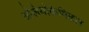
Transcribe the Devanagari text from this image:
ओलेयोकेमिकल